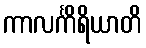
ကာလင်္ကိရိယာတိ